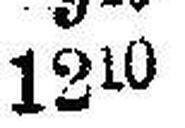
1210